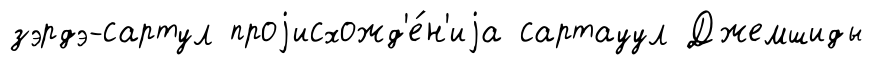
зэрдэ-сартул проjисхожд'е́н'иjа сартауул Джемшиды